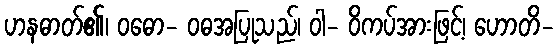
ဟနဓာတ်၏၊ ဝဓော- ဝဓအပြုသည်၊ ဝါ- ဝိကပ်အားဖြင့်၊ ဟောတိ-